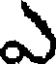
ఎ